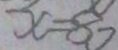
x = 8